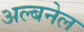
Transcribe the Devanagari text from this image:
अल्बनेल